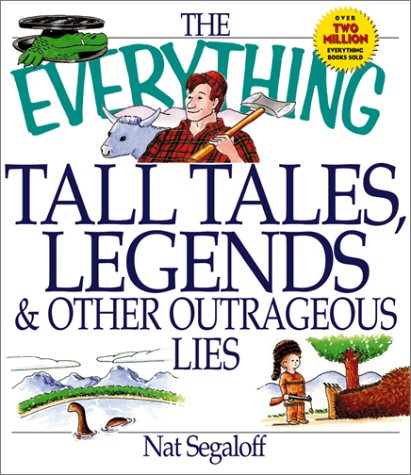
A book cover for Everything Tall Tales, Legends, (Everything (Reference)); Nat Segaloff; Humor & Entertainment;